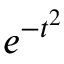
e ^ { - t ^ { 2 } }